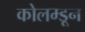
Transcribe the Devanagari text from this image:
कोलम्डून